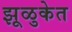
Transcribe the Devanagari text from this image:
झूळुकेत